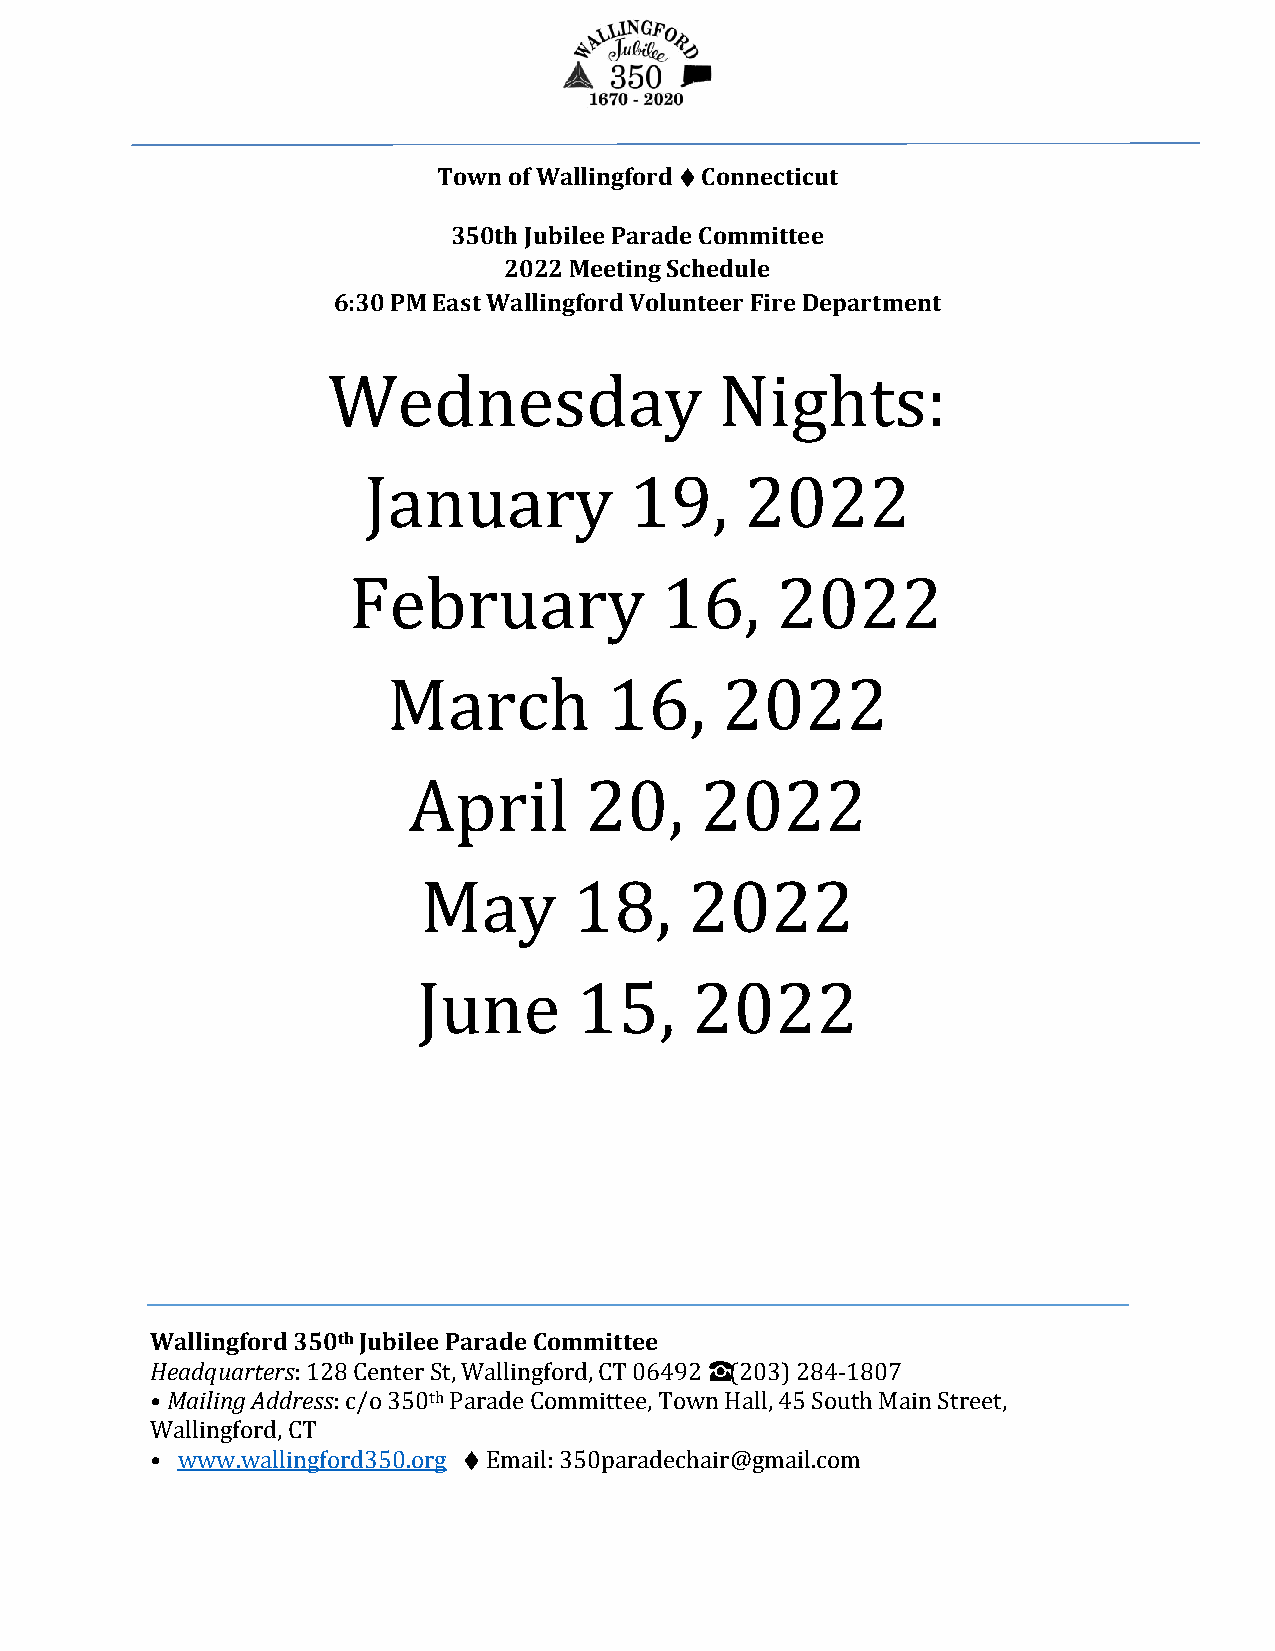
Town of Wallingford ♦ Connecticut
 350th Jubilee Parade Committee
 2022 Meeting Schedule
 6:30 PM East Wallingford Volunteer Fire Department
 Wednesday                 Nights:
 January           19,    2022
 February             16,    2022
 March         16,     2022
 April       20,    2022
 May       18,     2022
 June      15,     2022
 Wallingford 350th Jubilee Parade Committee
 Headquarters: 128 Center St, Wallingford, CT 06492 ☎ (203) 284-1807
 •Mailing Address: c/o 350th Parade Committee, Town Hall, 45 South Main Street,
 Wallingford, CT
 • www.wallingford350.org ♦ Email: 350paradechair@gmail.com